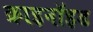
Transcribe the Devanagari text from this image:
क्राइनॉइड